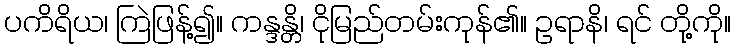
ပကိရိယ၊ ကြဲဖြန့်၍။ ကန္ဒန္တိ၊ ငိုမြည်တမ်းကုန်၏။ ဥရာနိ၊ ရင် တို့ကို။